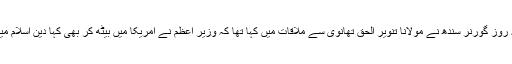
یاد رہے کہ گزشتہ روز گورنر سندھ نے مولانا تنویر الحق تھانوی سے ملاقات میں کہا تھا کہ وزیر اعظم نے امریکا میں بیٹھ کر بھی کہا دین اسلام میرے بنی ﷺ کا ہے۔